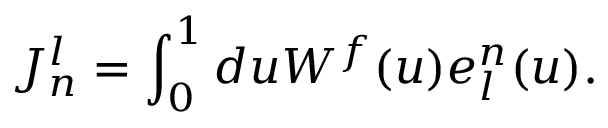
{ \cal J } _ { n } ^ { l } = \int _ { 0 } ^ { 1 } d u { \cal W } ^ { f } ( u ) e _ { l } ^ { n } ( u ) .